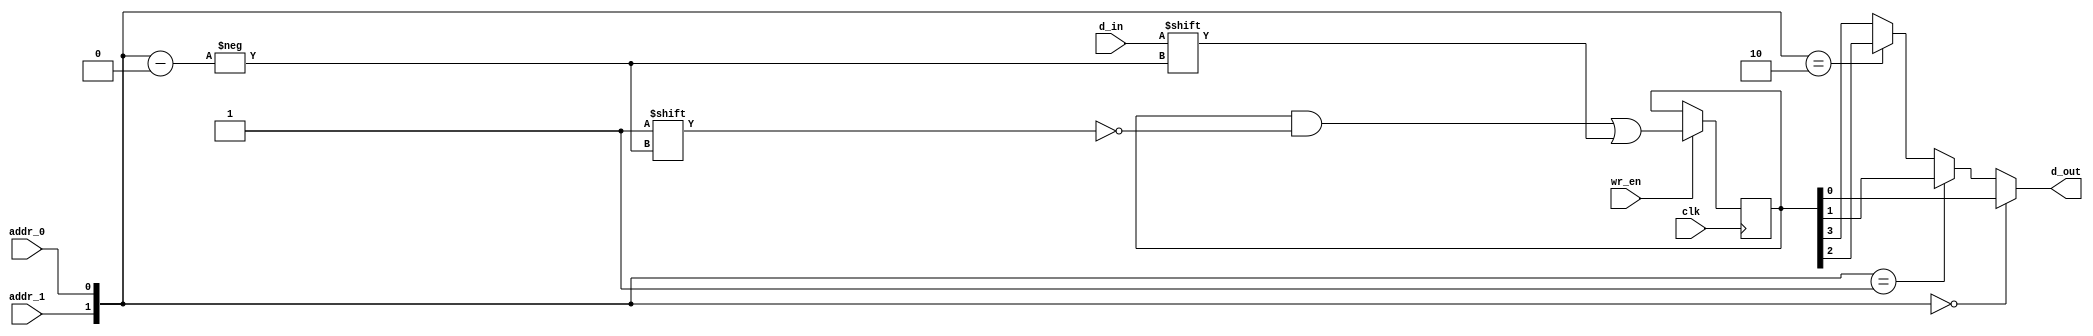
/////////////////////////////////////////
//  Functionality: 4x1 memory async read
////////////////////////////////////////
`timescale 1ns / 1ps

module asyn_spram_4x1(
  clk,
  addr_0,
  addr_1,
  d_in,
  wr_en,
  d_out );

  input wire  clk;
  input wire  addr_0;
  input wire  addr_1;
  input wire  d_in;
  input wire  wr_en;
  output wire d_out;

  wire[1:0]   addr;
  reg [3:0]   mem;

  assign addr = {addr_1, addr_0};
  assign d_out = (addr == 2'd0)? mem[0]:
                 (addr == 2'd1)? mem[1]:
                 (addr == 2'd2)? mem[2]: mem[3];

  always@(posedge clk) begin
    if(wr_en) begin
      mem[addr] <= d_in;
    end
  end

endmodule